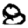
Digit: 8